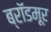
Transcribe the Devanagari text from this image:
ब्रॉडमूर